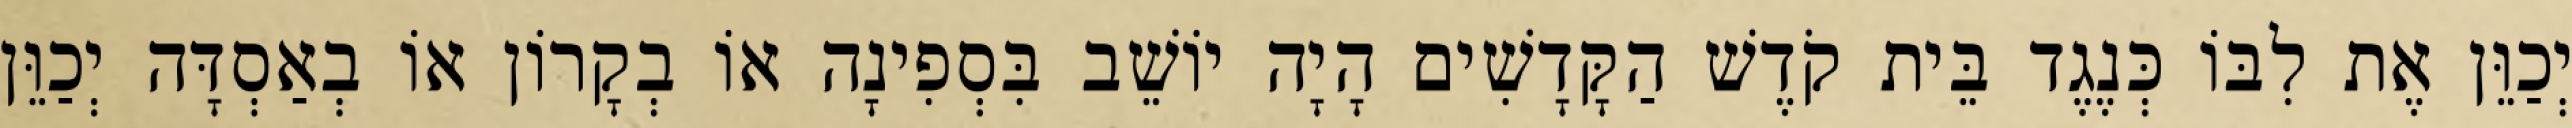
יְכַוֵּן אֶת לִבּוֹ כְּנֶגֶד בֵּית קֹדֶשׁ הַקָּדָשִׁים הָיָה יוֹשֵׁב בִּסְפִינָה אוֹ בְקָרוֹן אוֹ בְאַסְדָּה יְכַוֵּן